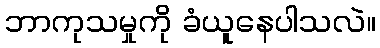
ဘာကုသမှုကို ခံယူနေပါသလဲ။